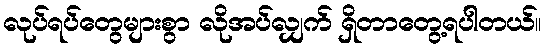
လုပ်ရပ်တွေများစွာ လိုအပ်လျှက် ရှိတာတွေ့ရပါတယ်။